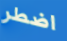
اضطر